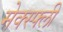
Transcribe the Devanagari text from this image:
मेक्स्फ्ली